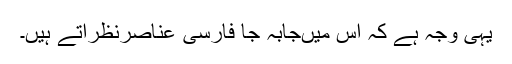
یہی وجہ ہے کہ اس میںجابہ جا فارسی عناصرنظرآتے ہیں۔